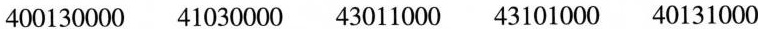
400130000 41030000 43011000 43101000 40131000